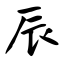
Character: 辰